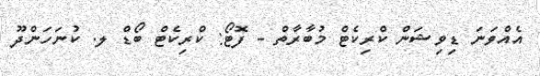
އެއްވަނަ ޑިވިޝަން ކްރިކެޓް މުބާރާތް - ފޮޓޯ: ކްރިކެޓް ބޯޑް ލ. ކުނަހަންދޫ